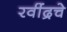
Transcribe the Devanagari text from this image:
रवींद्रचे